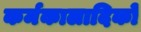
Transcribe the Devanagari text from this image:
कर्मकालादिकों